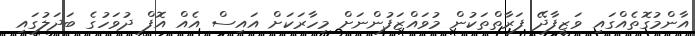
އާންމުގޮތެއްގައި ވަޒީފާދޭ ފަރާތްތަކުން މުވައްޒަފުންނަށް މިހާރަކަށް އައިސް އެއް އޮފް ދުވަހުގެ ބަދަލުގައި